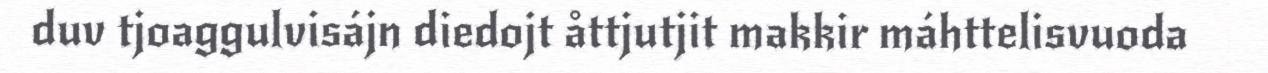
duv tjoaggulvisájn diedojt åttjutjit makkir máhttelisvuoda